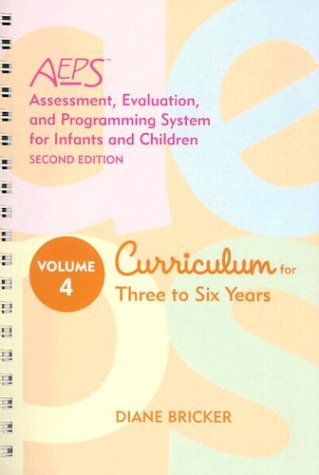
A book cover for Assessment, Evaluation, and Programming System for Infants and Children (AEPSÂ®), Second Edition, Curriculum for Three to Six Years (AEPS: Assessment, Evalutaion, and Programming System (Unnumbered)); Diane Bricker Ph.D.; Medical Books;